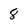
Character: 8